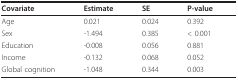
<table><thead><tr><td><b>Covariate</b></td><td><b>Estimate</b></td><td><b>SE</b></td><td><b>P-value</b></td></tr></thead><tbody><tr><td>Age</td><td>0.021</td><td>0.024</td><td>0.392</td></tr><tr><td>Sex</td><td>-1.494</td><td>0.385</td><td>&lt; 0.001</td></tr><tr><td>Education</td><td>-0.008</td><td>0.056</td><td>0.881</td></tr><tr><td>Income</td><td>-0.132</td><td>0.068</td><td>0.052</td></tr><tr><td>Global cognition</td><td>-1.048</td><td>0.344</td><td>0.003</td></tr></tbody></table>